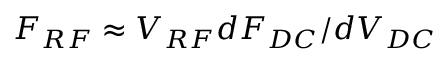
F _ { R F } \approx V _ { R F } d F _ { D C } / d V _ { D C }